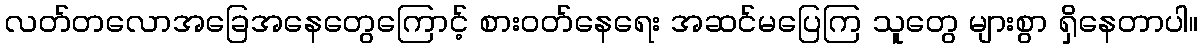
လတ်တလောအခြေအနေတွေကြောင့် စားဝတ်နေရေး အဆင်မပြေကြ သူတွေ များစွာ ရှိနေတာပါ။